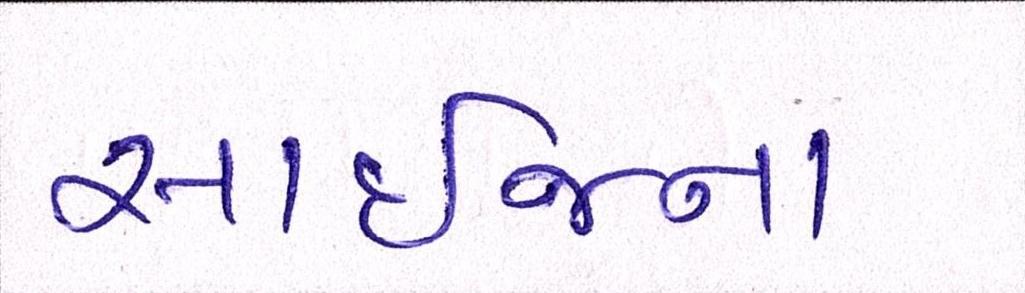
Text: સાઈજના